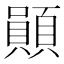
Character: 䫟